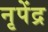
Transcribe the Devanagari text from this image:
नृपेंद्र